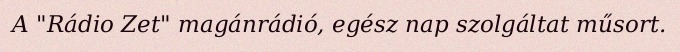
A "Rádio Zet" magánrádió, egész nap szolgáltat műsort.